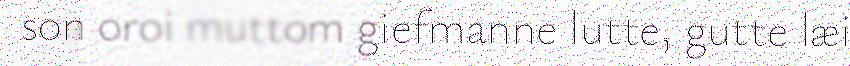
son oroi muttom giefmanne lutte, gutte læi